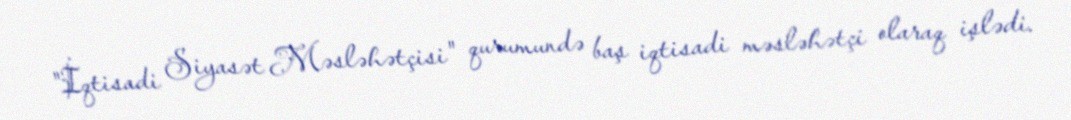
"İqtisadi Siyasət Məsləhətçisi" qurumundə baş iqtisadi məsləhətçi olaraq işlədi.